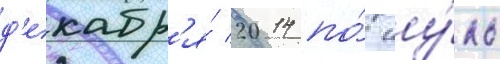
д'екабр'я́ 2014 по́ иу́ль